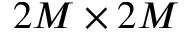
2 M \times 2 M